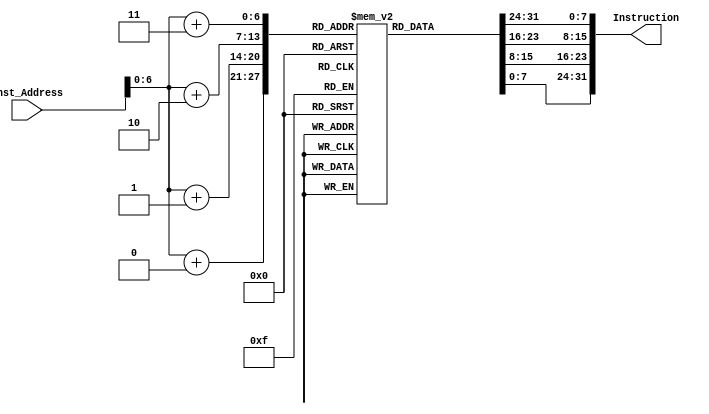
module Instruction_Memory(
  input [63:0] Inst_Address,
  output reg [31:0] Instruction

	

);
  
  reg [7:0] Instruction_Memory [107:0];
  
  initial
    begin 
     
      
      {Instruction_Memory[87], Instruction_Memory[86], Instruction_Memory[85], Instruction_Memory[84]} = 32'hfc0008e3;

      Instruction_Memory[83] = 8'b00000001;	//23th (sw)
      Instruction_Memory[82] = 8'b00000011;
      Instruction_Memory[81] = 8'b10110000;
      Instruction_Memory[80] = 8'b00100011;

      Instruction_Memory[79] = 8'b00000000;		//22th (sw)
      Instruction_Memory[78] = 8'b01000100;
      Instruction_Memory[77] = 8'b00110000;
      Instruction_Memory[76] = 8'b00100011;

      {Instruction_Memory[75], Instruction_Memory[74], Instruction_Memory[73], Instruction_Memory[72]} = 32'h00a70433;

      {Instruction_Memory[71], Instruction_Memory[70], Instruction_Memory[69], Instruction_Memory[68]} = 32'h00a283b3;

      {Instruction_Memory[67], Instruction_Memory[66], Instruction_Memory[65], Instruction_Memory[64]} = 32'h00078233;

      {Instruction_Memory[63], Instruction_Memory[62], Instruction_Memory[61], Instruction_Memory[60]} = 32'h00000e63;

      {Instruction_Memory[59], Instruction_Memory[58], Instruction_Memory[57], Instruction_Memory[56]} = 32'hfc6b18e3;

      {Instruction_Memory[55], Instruction_Memory[54], Instruction_Memory[53], Instruction_Memory[52]}= 32'h001b0b13;

      {Instruction_Memory[51], Instruction_Memory[50], Instruction_Memory[49], Instruction_Memory[48]} = 32'h0x00828293;

      {Instruction_Memory[47], Instruction_Memory[46], Instruction_Memory[45], Instruction_Memory[44]} = 32'hfebb92e3;

      {Instruction_Memory[43], Instruction_Memory[42], Instruction_Memory[41], Instruction_Memory[40]} = 32'h00870713;

      {Instruction_Memory[39], Instruction_Memory[38], Instruction_Memory[37], Instruction_Memory[36]} = 32'h001b8b93;

      {Instruction_Memory[35], Instruction_Memory[34], Instruction_Memory[33], Instruction_Memory[32]} = 32'h0307c063;

      Instruction_Memory[31] = 8'b00000000;		// 10th lw
      Instruction_Memory[30] = 8'b00000100;
      Instruction_Memory[29] = 8'b00111000;
      Instruction_Memory[28] = 8'b00000011;
		
      Instruction_Memory[27] = 8'b00000000;		// 9th (lw --> ld) funct3 = 010 --> 011
      Instruction_Memory[26] = 8'b00000011;
      Instruction_Memory[25] = 8'b10110111;
      Instruction_Memory[24] = 8'b10000011;

      {Instruction_Memory[23], Instruction_Memory[22], Instruction_Memory[21], Instruction_Memory[20]} = 32'h00a70433;

      {Instruction_Memory[19], Instruction_Memory[18], Instruction_Memory[17], Instruction_Memory[16]} = 32'h00a283b3;

      {Instruction_Memory[15],  Instruction_Memory[14], Instruction_Memory[13], Instruction_Memory[12]} = 32'h00028733;

      {Instruction_Memory[11], Instruction_Memory[10], Instruction_Memory[9],Instruction_Memory[8]} = 32'h000b0bb3;

      {Instruction_Memory[7], Instruction_Memory[6],Instruction_Memory[5], Instruction_Memory[4]} = 32'h00000b13;

      {Instruction_Memory[3], Instruction_Memory[2], Instruction_Memory[1], Instruction_Memory[0]}= 32'h00000293;

    end
  
  always @ (Inst_Address)
    begin
      Instruction = {Instruction_Memory[Inst_Address+3], Instruction_Memory[Inst_Address+2], Instruction_Memory[Inst_Address+1], Instruction_Memory[Inst_Address+0]};
    end
  
endmodule